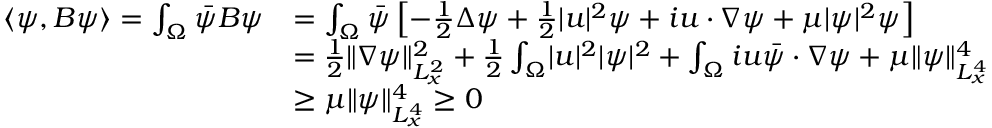
\begin{array} { r l } { \langle \psi , B \psi \rangle = \int _ { \Omega } \Bar { \psi } B \psi } & { = \int _ { \Omega } \Bar { \psi } \left[ - \frac { 1 } { 2 } \Delta \psi + \frac { 1 } { 2 } \lvert u \rvert ^ { 2 } \psi + i u \cdot \nabla \psi + \mu \lvert \psi \rvert ^ { 2 } \psi \right] } \\ & { = \frac { 1 } { 2 } \lVert \nabla \psi \rVert _ { L _ { x } ^ { 2 } } ^ { 2 } + \frac { 1 } { 2 } \int _ { \Omega } \lvert u \rvert ^ { 2 } \lvert \psi \rvert ^ { 2 } + \int _ { \Omega } i u \Bar { \psi } \cdot \nabla \psi + \mu \lVert \psi \rVert _ { L _ { x } ^ { 4 } } ^ { 4 } } \\ & { \ge \mu \lVert \psi \rVert _ { L _ { x } ^ { 4 } } ^ { 4 } \ge 0 } \end{array}